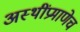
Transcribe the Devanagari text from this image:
अस्थींप्रमाणेच